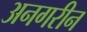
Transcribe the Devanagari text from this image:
अनगरीन